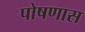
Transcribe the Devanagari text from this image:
पोषणास